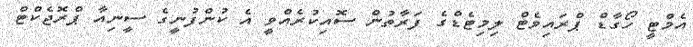
އެމްޓީ ހޯގާޑް ޕްރައިވެޓް ލިމިޓެޑްގެ ފަރާތުން ސޮއިކުރެއްވީ އެ ކުންފުނީގެ ސީނިއާ ޕްރޮޖެކްޓް